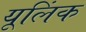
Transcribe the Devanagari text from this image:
यूलिंक